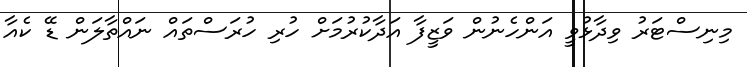
މިނިސްޓަރު ވިދާޅުވީ އަންހެނުން ވަޒީފާ އަދާކުރުމަށް ހުރި ހުރަސްތައް ނައްތާލަން ޑޭ ކެއާ